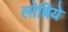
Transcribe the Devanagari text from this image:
लोबिये